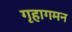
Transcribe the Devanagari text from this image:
गृहागमन